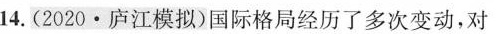
14.（2020·庐江模拟）国际格局经历了多次变动，对